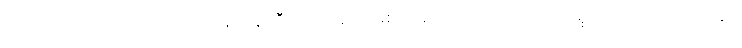
ကယ်ထိုက်သူကို ထိုက်ထိုက်တန်တန်ကြီး ကယ်ဆယ်စောင်မလိုက်ရသော ကောင်းမှုကြောင့်လဲ ရင်ထဲတွင်